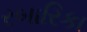
રબારિકા